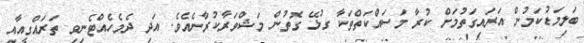
ބަލިމަޑުކަމުން އަރައިގަތުމަށް ކުރާ މަސައްކަތްތަކާ ގުޅޭ ގޮތުން މަޝްވަރާކުރާނެއެވެ. އަދި ދެމެހެއްޓެނިވި ތަރައްގީއާއި